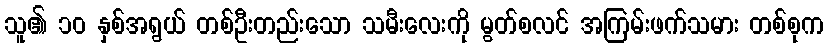
သူ၏ ၁၀ နှစ်အရွယ် တစ်ဦးတည်းသော သမီးလေးကို မွတ်စလင် အကြမ်းဖက်သမား တစ်စုက